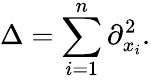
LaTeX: \Delta=\sum_{i=1}^{n}\partial_{x_{i}}^{2}.